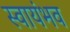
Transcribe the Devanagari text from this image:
स्वायंभव